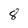
Character: 8